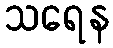
သရေန